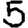
Digit: 5